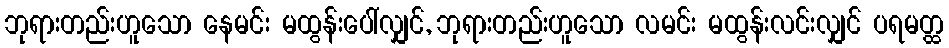
ဘုရားတည်းဟူသော နေမင်း မထွန်းပေါ်လျှင်, ဘုရားတည်းဟူသော လမင်း မထွန်းလင်းလျှင် ပရမတ္ထ